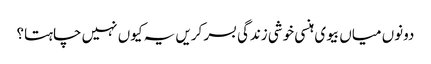
دونوں میاں بیوی ہنسی خوشی زندگی بسر کریں یہ کیوں نہیں چاہتا؟